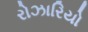
રોઝારિયો